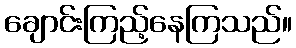
ချောင်းကြည့်နေကြသည်။